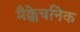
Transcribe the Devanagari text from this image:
मैक्केचनिक